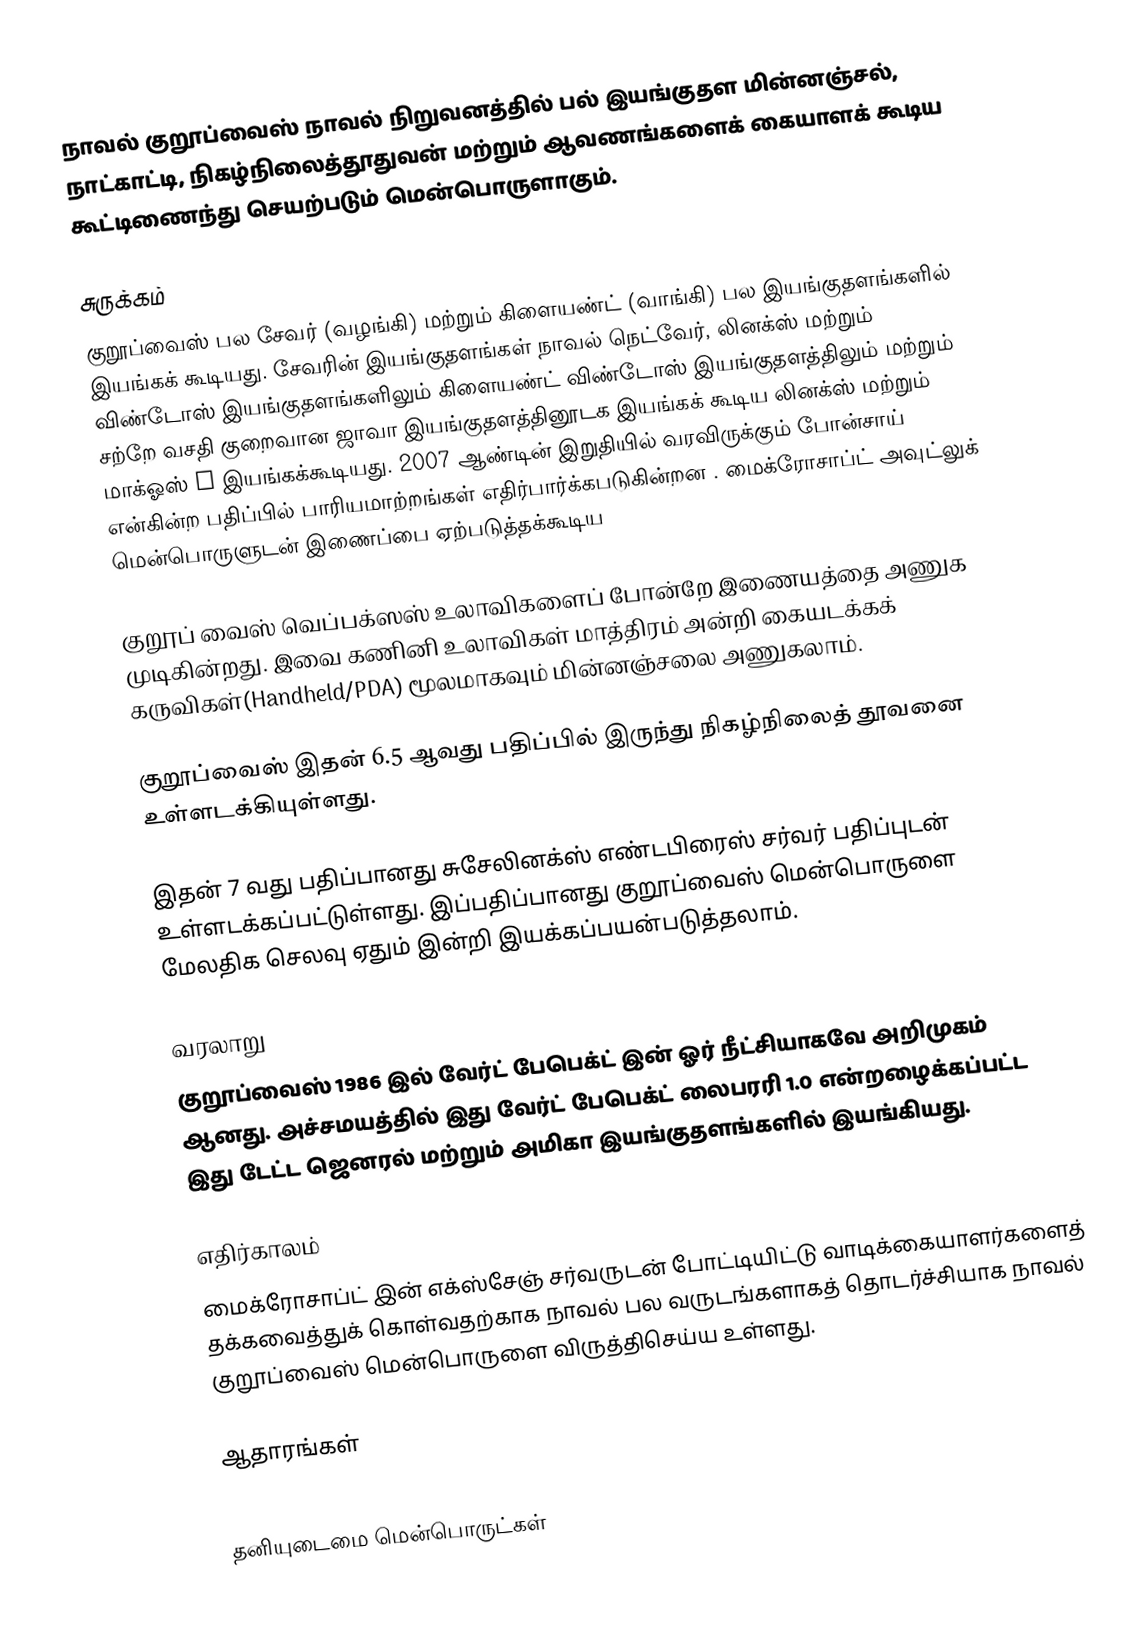
நாவல் குறூப்வைஸ் நாவல் நிறுவனத்தில் பல் இயங்குதள மின்னஞ்சல், நாட்காட்டி, நிகழ்நிலைத்தூதுவன் மற்றும் ஆவணங்களைக் கையாளக் கூடிய கூட்டிணைந்து செயற்படும் மென்பொருளாகும்.

சுருக்கம்
குறூப்வைஸ் பல சேவர் (வழங்கி) மற்றும் கிளையண்ட் (வாங்கி) பல இயங்குதளங்களில் இயங்கக் கூடியது. சேவரின் இயங்குதளங்கள் நாவல் நெட்வேர், லினக்ஸ் மற்றும் விண்டோஸ் இயங்குதளங்களிலும் கிளையண்ட் விண்டோஸ் இயங்குதளத்திலும் மற்றும் சற்றே வசதி குறைவான ஜாவா இயங்குதளத்தினூடக இயங்கக் கூடிய லினக்ஸ் மற்றும் மாக்ஓஸ் X இயங்கக்கூடியது. 2007 ஆண்டின் இறுதியில் வரவிருக்கும் போன்சாய் என்கின்ற பதிப்பில் பாரியமாற்றங்கள் எதிர்பார்க்கபடுகின்றன . மைக்ரோசாப்ட் அவுட்லுக் மென்பொருளுடன் இணைப்பை ஏற்படுத்தக்கூடிய

குறூப் வைஸ் வெப்பக்ஸஸ் உலாவிகளைப் போன்றே இணையத்தை அணுக முடிகின்றது. இவை கணினி உலாவிகள் மாத்திரம் அன்றி கையடக்கக் கருவிகள்(Handheld/PDA) மூலமாகவும் மின்னஞ்சலை அணுகலாம்.

குறூப்வைஸ் இதன் 6.5 ஆவது பதிப்பில் இருந்து நிகழ்நிலைத் தூவனை உள்ளடக்கியுள்ளது.

இதன் 7 வது பதிப்பானது சுசேலினக்ஸ் எண்டபிரைஸ் சர்வர் பதிப்புடன் உள்ளடக்கப்பட்டுள்ளது. இப்பதிப்பானது குறூப்வைஸ் மென்பொருளை மேலதிக செலவு ஏதும் இன்றி இயக்கப்பயன்படுத்தலாம்.

வரலாறு
குறூப்வைஸ் 1986 இல் வேர்ட் பேபெக்ட் இன் ஓர் நீட்சியாகவே அறிமுகம் ஆனது. அச்சமயத்தில் இது வேர்ட் பேபெக்ட் லைபரரி 1.0 என்றழைக்கப்பட்ட இது டேட்ட ஜெனரல் மற்றும் அமிகா இயங்குதளங்களில் இயங்கியது.

எதிர்காலம்
மைக்ரோசாப்ட் இன் எக்ஸ்சேஞ் சர்வருடன் போட்டியிட்டு வாடிக்கையாளர்களைத் தக்கவைத்துக் கொள்வதற்காக நாவல் பல வருடங்களாகத் தொடர்ச்சியாக நாவல் குறூப்வைஸ் மென்பொருளை விருத்திசெய்ய உள்ளது.

ஆதாரங்கள்

தனியுடைமை மென்பொருட்கள்